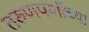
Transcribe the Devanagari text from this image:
तरुणपणीच्या